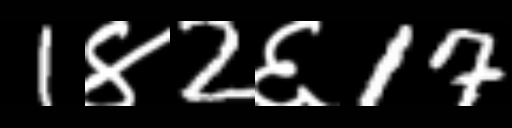
Text: 1४2६17